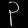
Digit: ၃